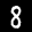
Label: 8